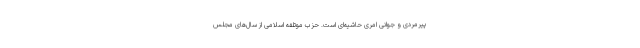
پیرمردی و جوانی امری حاشیه‌ای است. حزب موتلفه اسلامی از سال‌های مجلس